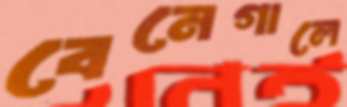
বেনেগালে